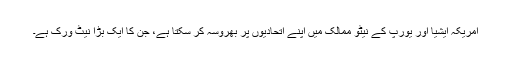
امریکہ ایشیا اور یورپ کے نیٹو ممالک میں اپنے اتحادیوں پر بھروسہ کر سکتا ہے، جن کا ایک بڑا نیٹ ورک ہے۔